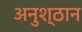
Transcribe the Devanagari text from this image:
अनुश्ठान